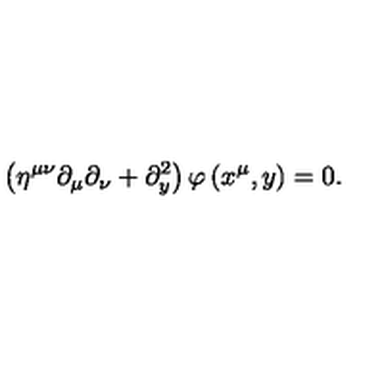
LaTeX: \left( \eta ^ { \mu \nu } \partial _ { \mu } \partial _ { \nu } + \partial _ { y } ^ { 2 } \right) \varphi \left( x ^ { \mu } , y \right) = 0 .